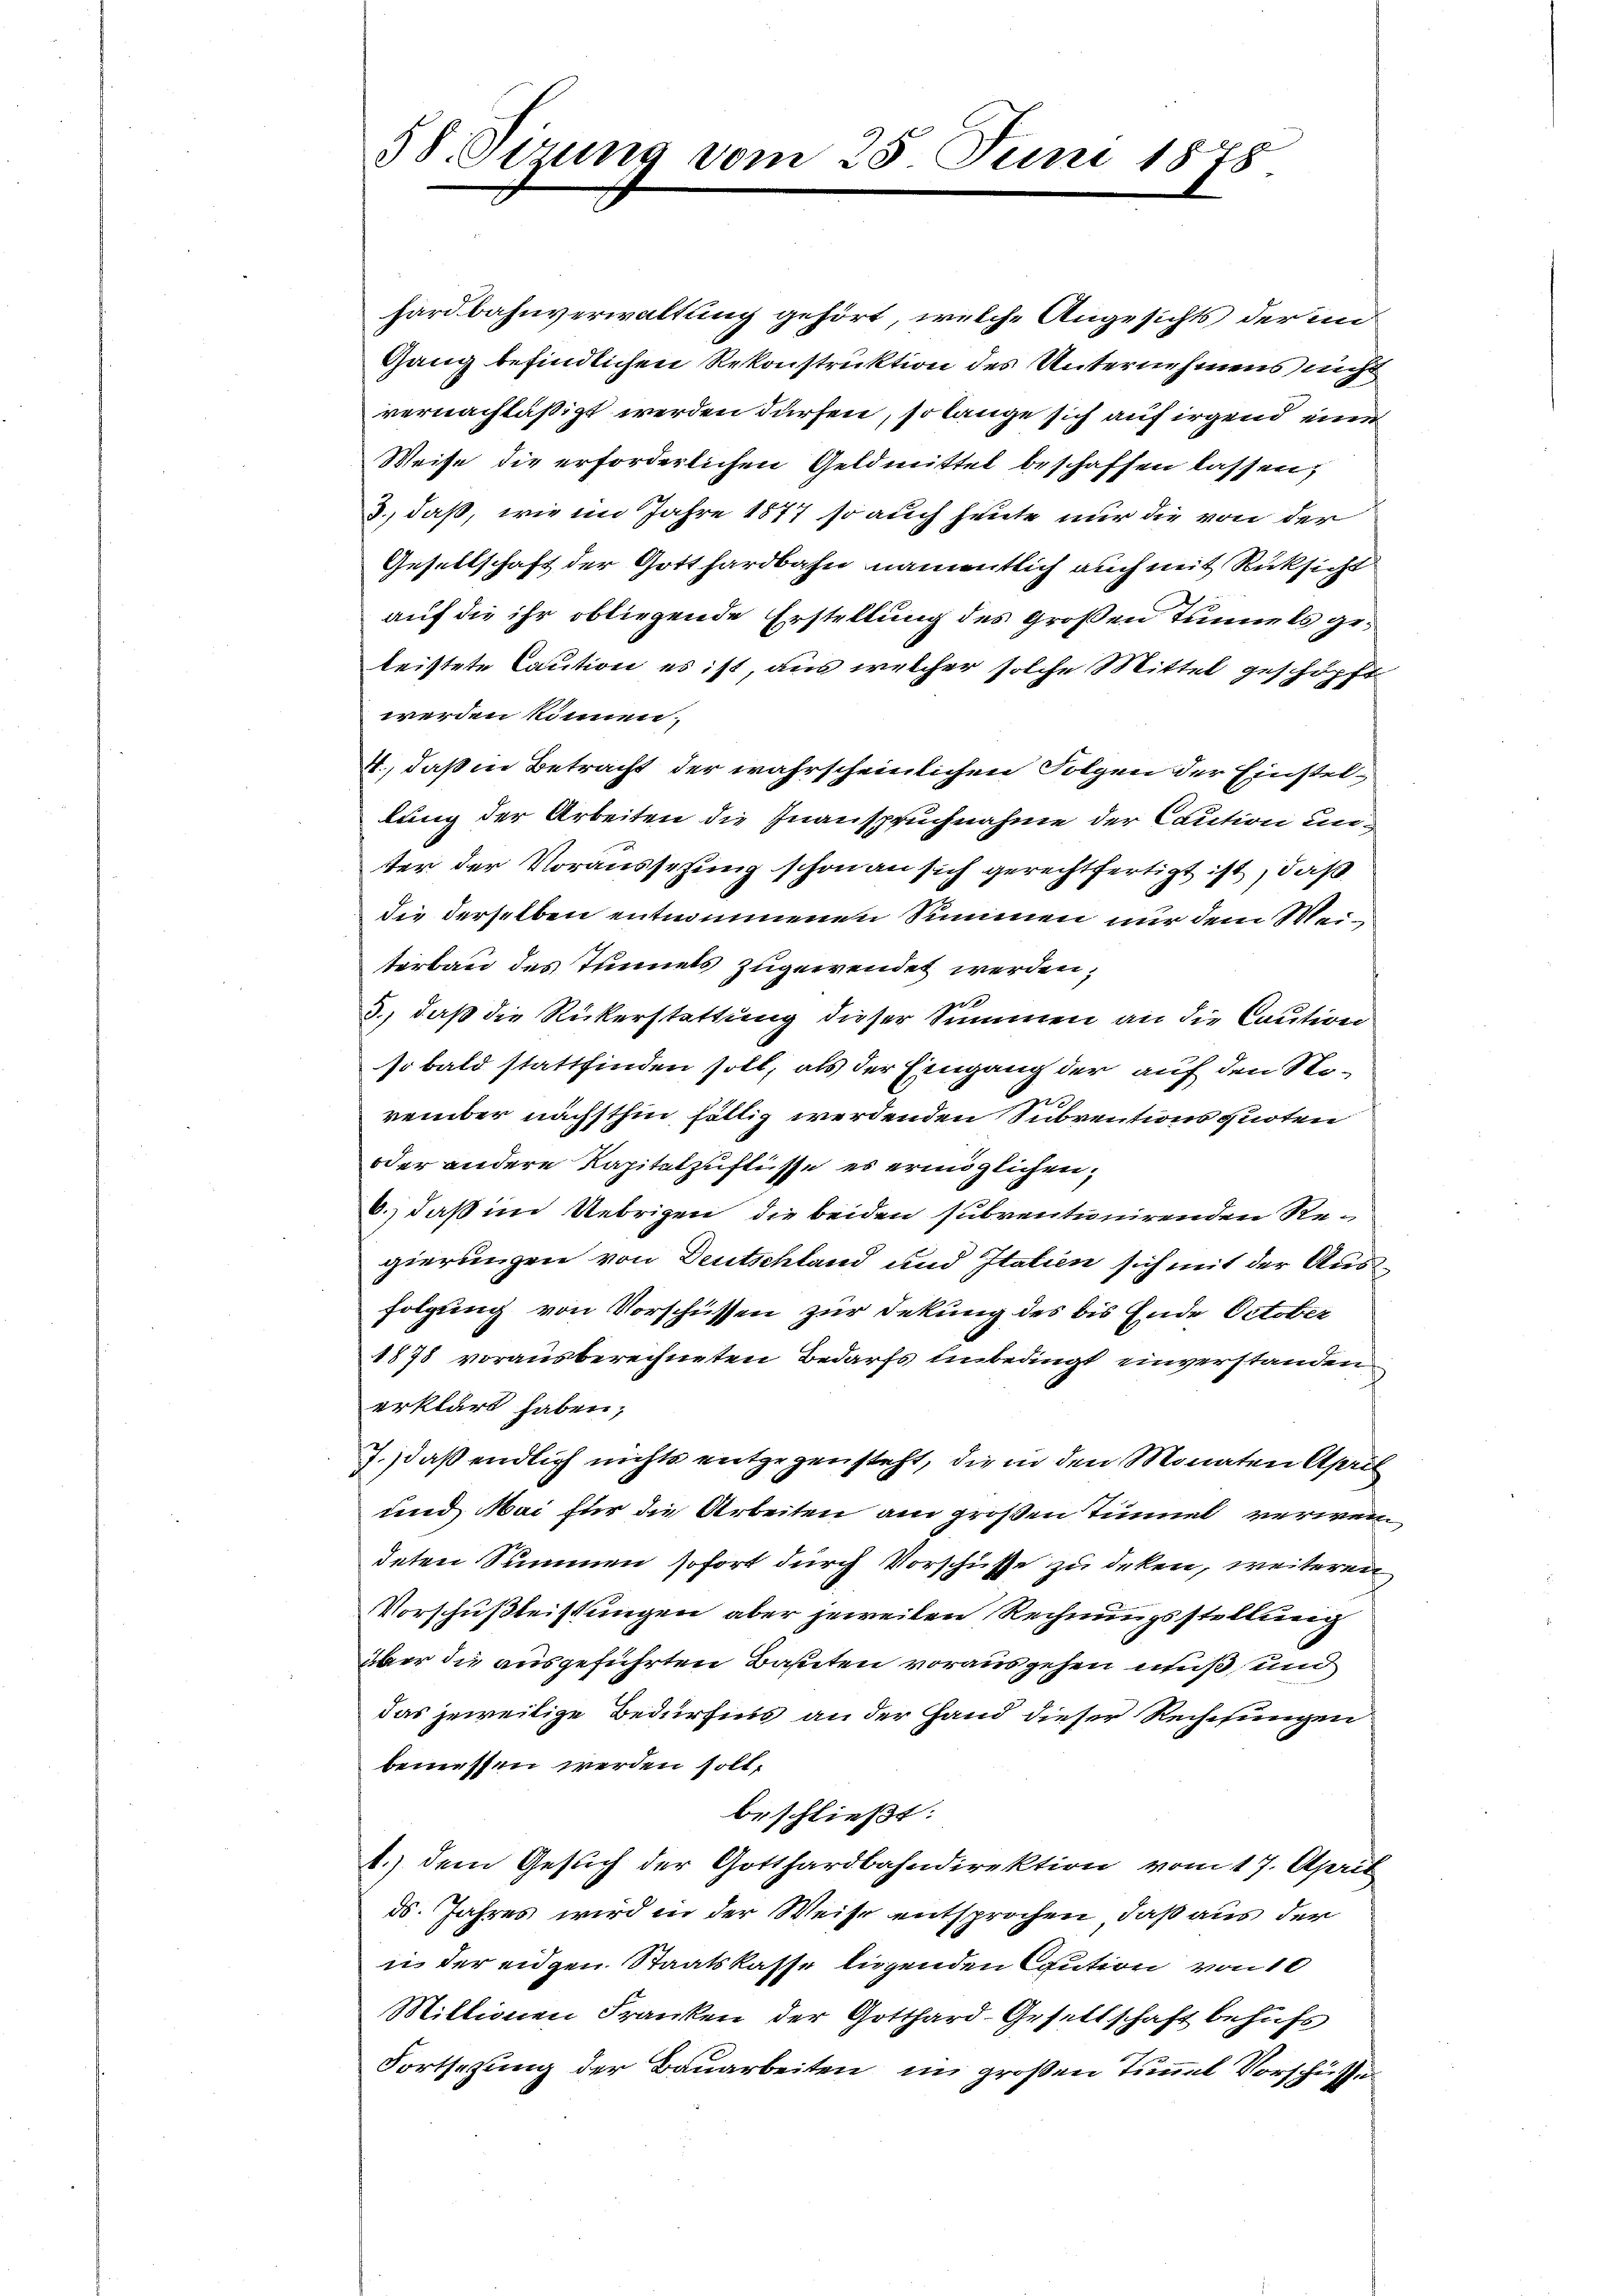
58 Sizung vom 25. Juni 1878

hardbahnverwaltung gehört, welche Angesichts der im
Gang befindlichen Rekonstruktion des Unternehmens nich
vernachläßigt werden dürfen, so lange sich auf irgend eine
Weise die erforderlichen Geldmittel beschaffen lassen;
3., daß, wie im Jahre 1877 so auch heute nur die von der
Gesellschaft der Gotthardbahn namentlich auch mit Rücksicht
auf die ihr obliegende Erstellung des Großen Tunnels geleistete Caution es ist, aus welcher solche Mittel geschöpft
werden können.
4., daß in Betracht der wahrscheinlichen Folgen der Einstellung der Arbeiten die Inanspruchnahme der Caution un
ter der Voraussetzung schon an sich gerechtfertigt ist, daß
die derselben entnommenen Summen nur dem Weiterbau des Tunnels zugewendet werden,
ge
3., daß die Rückerstattung dieser Summen an die Caution
so bald stattfinden soll, als der Eingang der auf den November nächsthin fällig werdenden Subventionsquoten
oder andere Kapitelzuflüsse es ermöglichen,
6.) daß im Uebrigen die beiden subventionirenden Regierungen von Deutschland und Italien sich mit der Ausfolgung von Vorschüssen zur Dekung des bis Ende October
1878 vorausberechneten Bedarfs unbedingt einverstanden
erklärt haben;
7. daß endlich nichts entgegensteht, die in den Monaten April
und Mai für die Arbeiten am großen Tunnel verwendeten Summen sofort durch Vorschüsse zu deken, weiteren
Vorschußleistungen aber jeweilen Rechnungsstellung
über die ausgeführten Bahnten vorausgehen muß, und
das jeweilige Bedürfnis an der Hand dieser Rechnungen
bemessen werden soll,
beschließt:
1.) dem Gesuch der Gotthardbahndirektion vom 17. April
ds. Jahres wird in der Weise entsprochen, daß aus der
i der eidgen Staatskasse liegenden Caution von 10
Miltionen Franken der Gotthard-Gesellschaft behufs
Fortsezung der Bauarbeiten im großen Tunnel Vorschütze